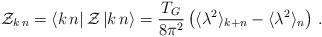
LaTeX: \begin{align*}{\cal Z}_{k\,n}=\langle k\,n|\,{\cal Z}\,|k\,n\rangle=\frac{T_G}{8\pi^2}\left(\langle\lambda^2\rangle_{k+n}-\langle\lambda^2\rangle_n\right)\,. \end{align*}